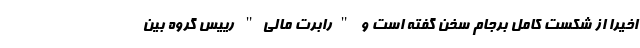
اخیرا از شکست کامل برجام سخن گفته است و "رابرت مالی" رییس گروه بین